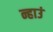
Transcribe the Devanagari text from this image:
न्हाउं